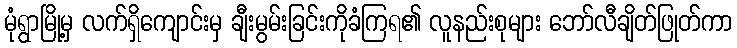
မုံရွာမြို့မှ လက်ရှိကျောင်းမှ ချီးမွမ်းခြင်းကိုခံကြရ၏ လူနည်းစုများ ဘော်လီချိတ်ဖြုတ်ကာ